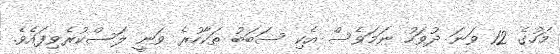
މަހުގެ 12 ވަނަ ދުވަހު ނަމަވެސް އެކި ސަބަބު ތަކާހުރެ ވަނީ ލަސްކުރެވިފައެވެ.